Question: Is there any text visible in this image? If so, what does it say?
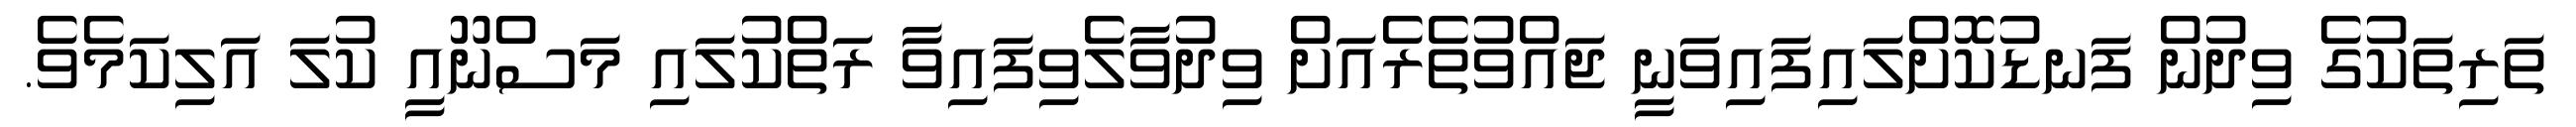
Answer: ތަރިތަކުގެ ވިދުން ފަނޑުކޮށްލައިފައިވަނީ ޖައްވުތެރެއަށް ވިދުވާލެވިފައިވާ ރަތްކުލައި މަސްނޫއީ ކުލަ އަލިކަމެވެ.